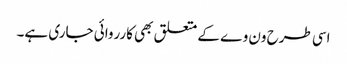
اسی طرح ون وے کے متعلق بھی کارروائی جاری ہے۔